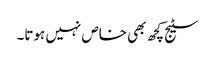
سٹیج کچھ بھی خاص نہیں ہوتا۔